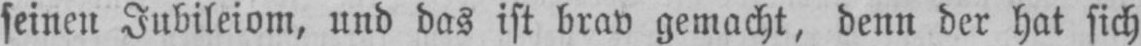
seinen Jubileiom, und das ist brav gemacht, denn der hat sich